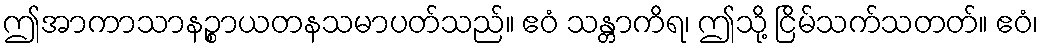
ဤအာကာသာနဉ္စာယတနသမာပတ်သည်။ ဧဝံ သန္တာကိရ၊ ဤသို့ ငြိမ်သက်သတတ်။ ဧဝံ၊